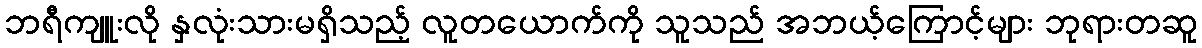
ဘရီကျူးလို နှလုံးသားမရှိသည့် လူတယောက်ကို သူသည် အဘယ့်ကြောင့်များ ဘုရားတဆူ